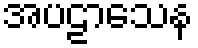
အပဠာသေန